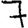
Digit: 7